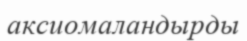
аксиомаландырды